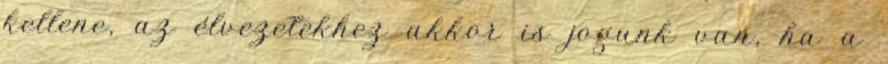
kellene, az élvezetekhez akkor is jogunk van, ha a